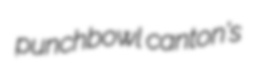
punchbowl canton's